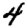
Digit: 4